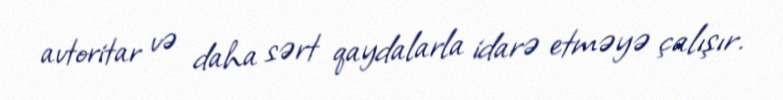
avtoritar və daha sərt qaydalarla idarə etməyə çalışır.